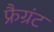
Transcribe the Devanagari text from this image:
फ्रैग्रंट